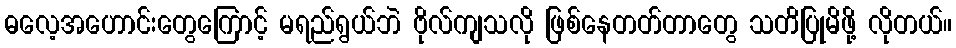
ဓလေ့အဟောင်းတွေကြောင့် မရည်ရွယ်ဘဲ ဗိုလ်ကျသလို ဖြစ်နေတတ်တာတွေ သတိပြုမိဖို့ လိုတယ်။